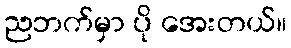
ညဘက်မှာ ပို အေးတယ်။